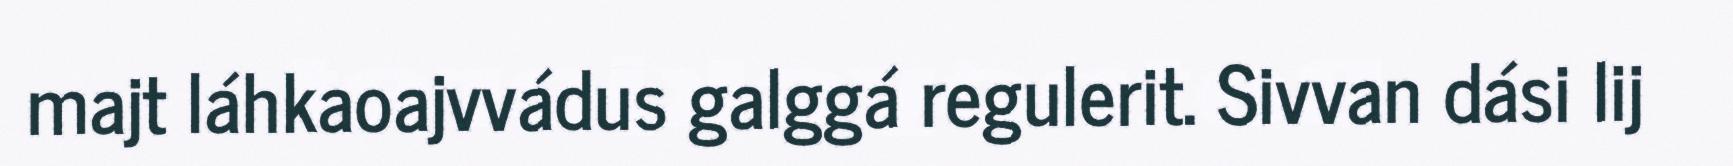
majt láhkaoajvvádus galggá regulerit. Sivvan dási lij